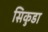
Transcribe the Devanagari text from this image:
सिकुडा